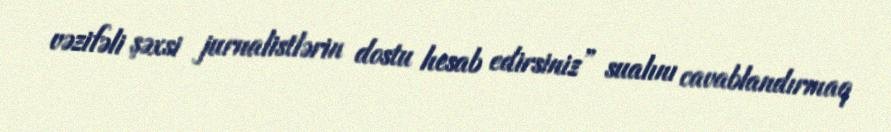
vəzifəli şəxsi jurnalistlərin dostu hesab edirsiniz” sualını cavablandırmaq